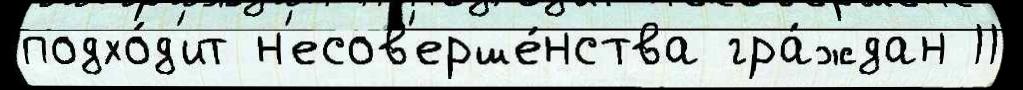
подхо́д'ит н'есов'ерше́нства гра́ждан 11